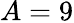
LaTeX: A=9